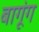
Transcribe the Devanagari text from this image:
बागूंग